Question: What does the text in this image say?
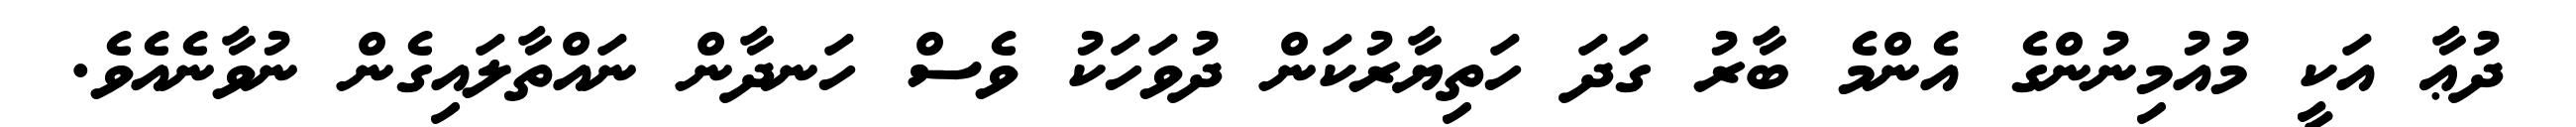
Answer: ދުޢާ އަކީ މުއުމިނުންގެ އެންމެ ބާރު ގަދަ ހަތިޔާރުކަން ދުވަހަކު ވެސް ހަނދާން ނައްތާލައިގެން ނުވާނެއެވެ.